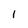
Character: I